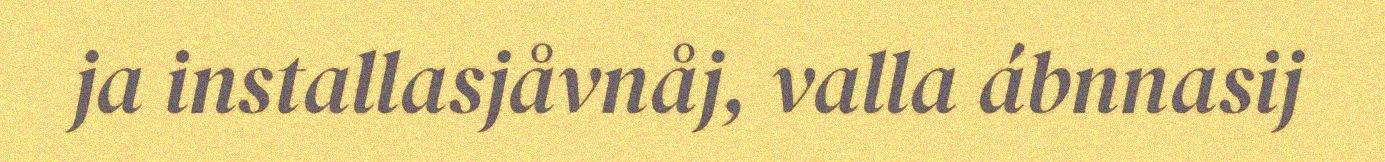
ja installasjåvnåj, valla ábnnasij